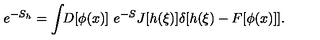
e ^ { - S _ { h } } = \int \! \! D [ \phi ( x ) ] \ e ^ { - S } J [ h ( \xi ) ] \delta [ h ( \xi ) - F [ \phi ( x ) ] ] .